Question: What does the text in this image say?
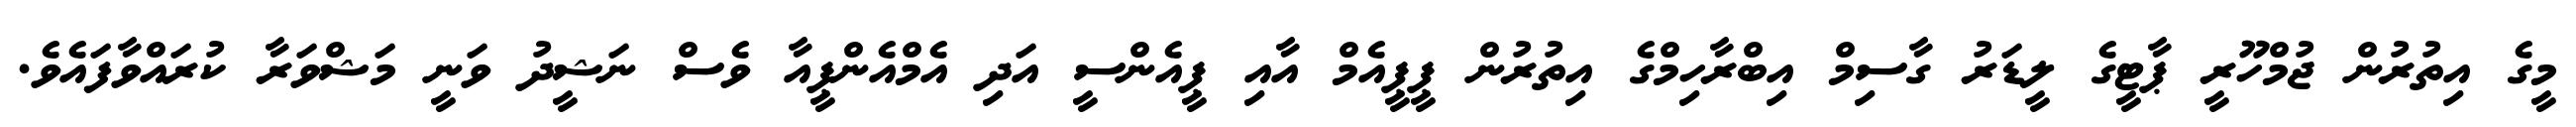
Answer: މީގެ އިތުރުން ޖުމްހޫރީ ޕާޓީގެ ލީޑަރު ގާސިމް އިބްރާހިމްގެ އިތުރުން ޕީޕީއެމް އާއި ޕީއެންސީ އަދި އެމްއެންޕީއާ ވެސް ނަޝީދު ވަނީ މަޝްވަރާ ކުރައްވާފައެވެ.